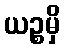
ယဉ္စမှိ